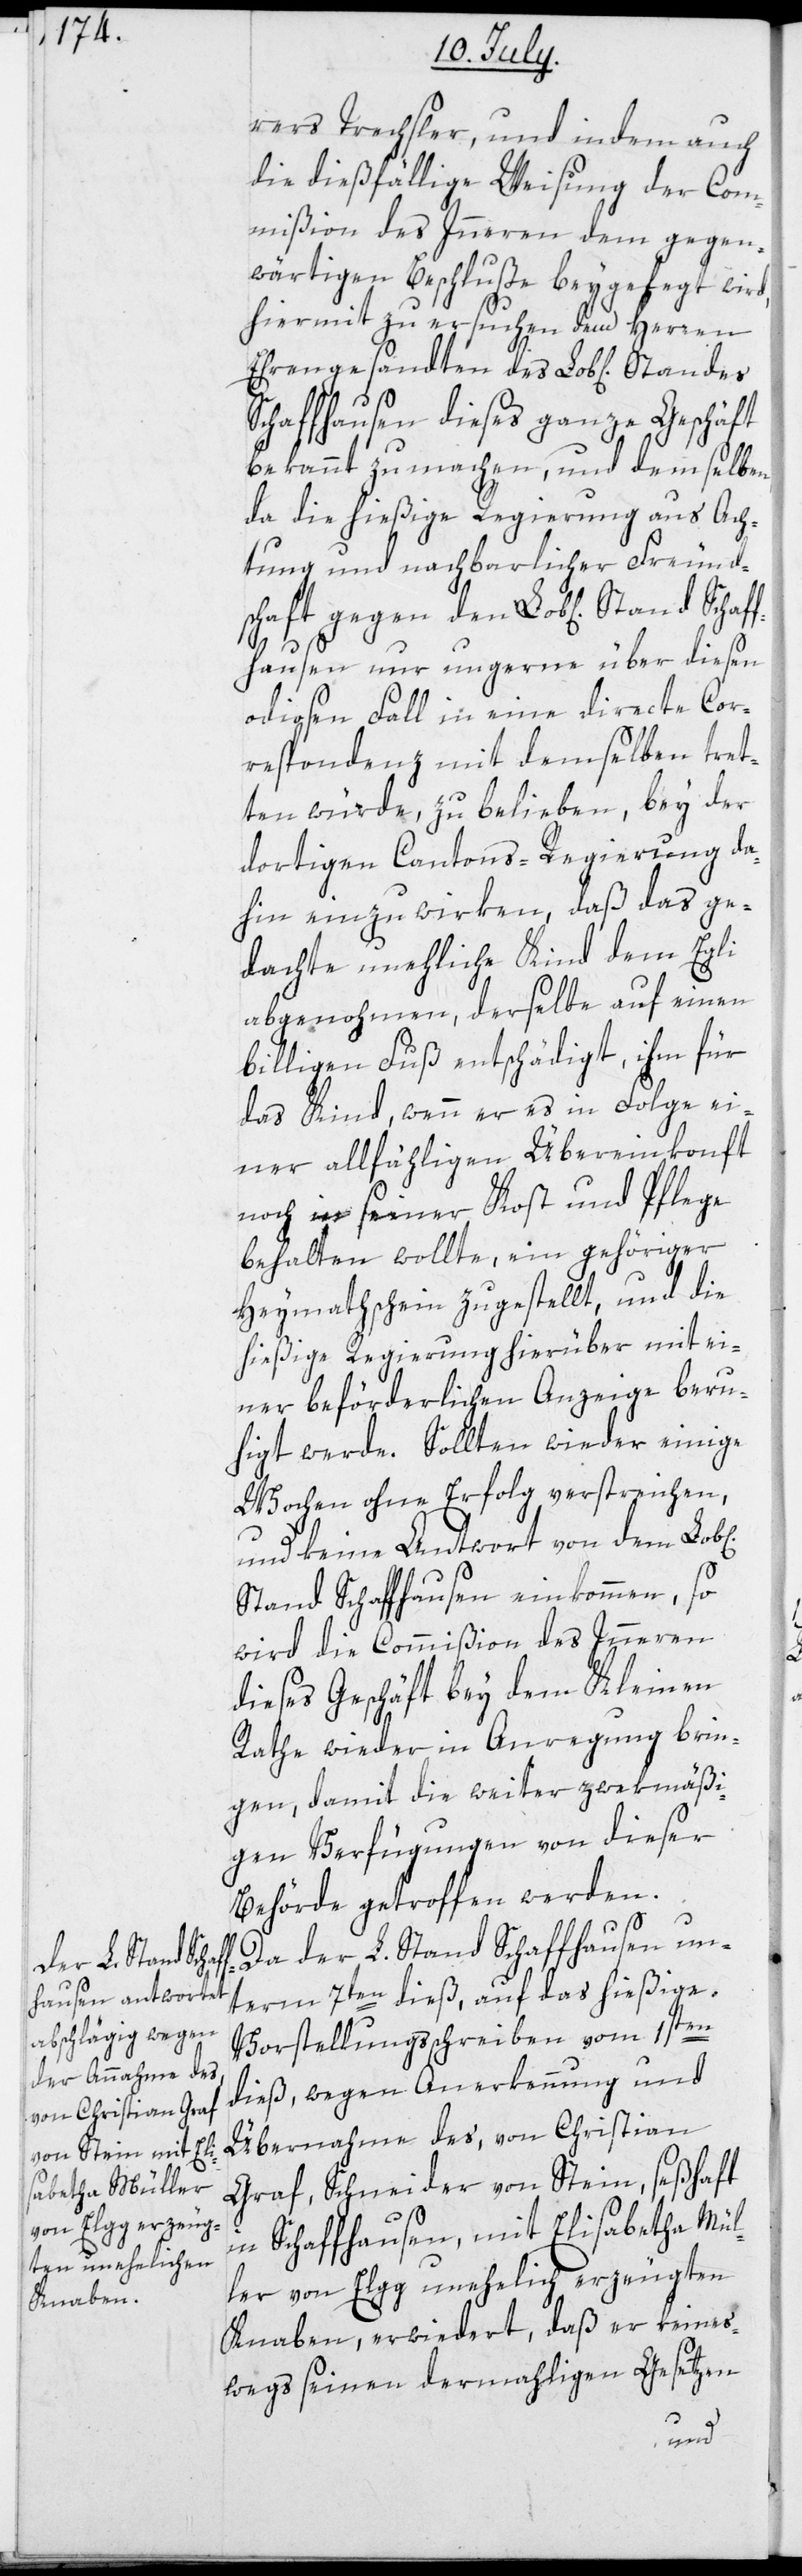
rers Trechsler, und indem auch
die dießfällige Weisung der Com¬
mißion des Innern dem gegen¬
wärtigen Beschluße beygelegt wird,
hiermit zu ersuchen, dem Herren
Schaffhausen dieses ganze Geschäft
bekannt zu machen, und demselben,
da die hießige Regierung aus Ach¬
tung und nachbarlicher Freund¬
schaft gegen den Lob[lichen] Stand
Schaf¬
fhausen nur ungerne über diesen
odiosen Fall in eine directe Cor¬
respondenz mit demselben tret¬
ten würde, zu belieben, bey der
dortigen Cantons-Regierung da¬
hin einzuwirken, daß das ge¬
dachte unehliche Kind dem Egli
abgenohmen, derselbe auf einen
billigen Fuß entschädigt, ihm für
das Kind, wenn er es in Folge ei¬
ner allfähligen Übereinkonft
noch in seiner Kost und Pflege
behalten wollte, ein gehöriger
Heymathschein zugestellt, und die
hießige Regierung hierüber mit ei¬
ner beförderlichen Anzeige beru¬
higet werde. Sollten wieder einige
Wochen ohne Erfolg verstreichen,
und keine Antwort von dem
Stand Schaffhausen einkommen, so
wird die Commißion des Innern
dieses Geschäft bey dem Kleinen
Rathe wieder in Anregung brin¬
gen, damit die weiter zwekmäßi¬
gen Verfügungen von dieser
Behörde getroffen werden.
Da der L. Stand Schaffhausen un¬
term 7ten dieß auf das hießige
Vorstellungsschreiben vom 1sten
dieß, wegen Anerkennung und
Übernahme des, von Christian
Graf, Schreiner von Stein, seßhaft
in Schaffhausen, mit Elisabetha Mül¬
ler von Elgg unehelich erzeugten
Knaben, erwiedert, daß er keines¬
wegs seinen dermahligen Gesetzen